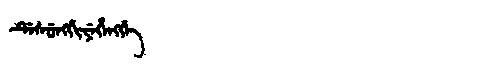
Manchu: ᡩᡝᠰᡠᠩᡤᡳᠶᡝᡥᡝᠩᡤᡝ
Romanization: DESUNGGIYEHENGGE